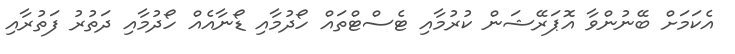
އެކަމަށް ބޭނުންވާ އޮޕަރޭޝަން ކުރުމާއި ޓެސްޓްތައް ހޯދުމާއި ޑޯނާއެއް ހޯދުމާއި ދަތުރު ފަތުރާއި